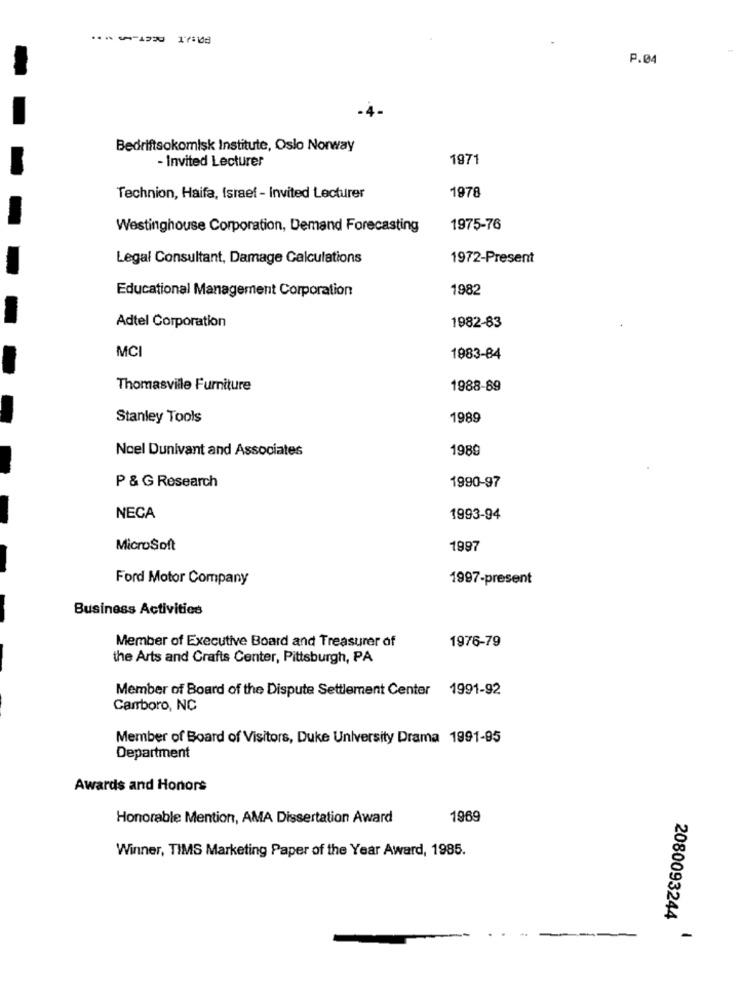
P.04
Bedriftsokomisk Institute, Oslo Norway
- Invited Lecturer
1971
Technion, Haifa, Israel - Invited Lecturer
1978
Westinghouse Corporation, Demand Forecasting
1975-76
Legal Consultant, Damage Calculations
1972-Present
Educational Management Corporation
1982
Adtel Corporation
1982-83
MCI
1983-84
Thomasville Furniture
1988-89
Stanley Tools
1989
Noel Dunivant and Associates
1989
P & G Research
1990-97
NECA
1993-94
Microsoft
1997
Ford Motor Company
1997-present
Business Activities
Member of Executive Board and Treasurer of
1976-79
the Arts and Crafts Center, Pittsburgh, PA
Member of Board of the Dispute Settlement Center 1991-92
Carrboro, NC
Member of Board of Visitors, Duke University Drama 1991-95
Department
Awards and Honors
Honorable Mention, AMA Dissertation Award
1969
Winner, TIMS Marketing Paper of the Year Award, 1985.
2080093244
-